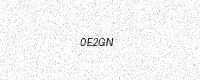
Text: 0E2GN